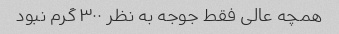
همچه عالی فقط جوجه به نظر ۳۰۰ گرم نبود